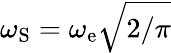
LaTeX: \omega_{\mathrm{S}}=\omega_{\mathrm{e}}\sqrt{2/\pi}